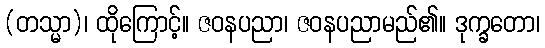
(တသ္မာ)၊ ထိုကြောင့်။ ဇဝနပညာ၊ ဇဝနပညာမည်၏။ ဒုက္ခတော၊